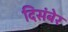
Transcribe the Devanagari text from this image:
दिसंबेर